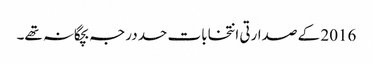
2016 کے صدارتی انتخابات حد درجہ بچگانہ تھے۔